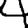
Digit: 4